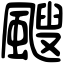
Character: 颼